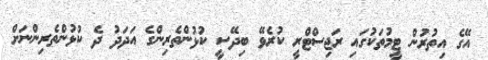
އޭގެ އިތުރުން ޓީމުތަކުގައި ރަޖިސްޓްރީ ކުރެވޭ ބިދޭސީ ކުޅުންތެރިންގެ އަދަދު ދެ ކުޅުންތެރިންނަށް